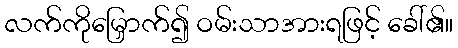
လက်ကိုမြှောက်၍ ဝမ်းသာအားရဖြင့် ခေါ်၏။